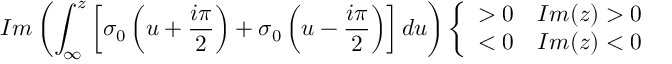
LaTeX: I m \left( \int _ { \infty } ^ { z } \left[ \sigma _ { 0 } \left( u + \frac { i \pi } { 2 } \right) + \sigma _ { 0 } \left( u - \frac { i \pi } { 2 } \right) \right] d u \right) \left\{ \begin{array} { r l } { { > 0 } } & { { I m ( z ) > 0 } } \\ { { < 0 } } & { { I m ( z ) < 0 } } \end{array} \right.